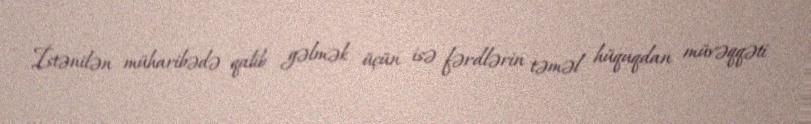
İstənilən müharibədə qalib gəlmək üçün isə fərdlərin təməl hüquqdan müvəqqəti